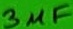
Text: 3µF